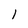
Character: 1